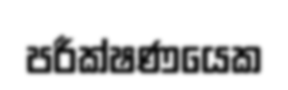
පරීක්ෂණයෙක